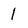
Character: 1